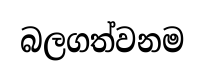
බලගත්වනම